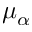
\mu _ { \alpha }